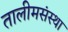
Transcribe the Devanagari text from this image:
तालीमसंस्था